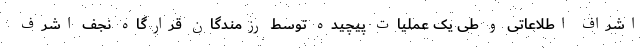
اشراف اطلاعاتی و طی یک عملیات پیچیده توسط رزمندگان قرارگاه نجف اشرف